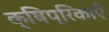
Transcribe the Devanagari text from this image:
क्षिप्रिकाएँ